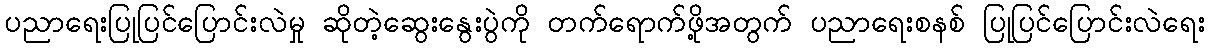
ပညာရေးပြုပြင်ပြောင်းလဲမှု ဆိုတဲ့ဆွေးနွေးပွဲကို တက်ရောက်ဖို့အတွက် ပညာရေးစနစ် ပြုပြင်ပြောင်းလဲရေး